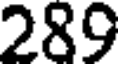
289